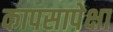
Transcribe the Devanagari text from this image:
कापसापेक्षा